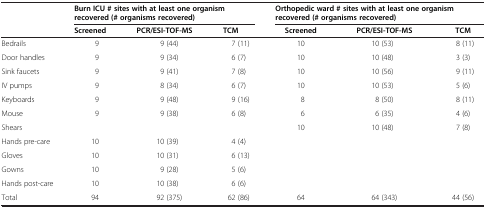
|  | <COLSPAN=3> Burn ICU # sites with at least one organism recovered (# organisms recovered) | <COLSPAN=3> Orthopedic ward # sites with at least one organism recovered (# organisms recovered) |
 |  | Screened | PCR/ESI-TOF-MS | TCM | Screened | PCR/ESI-TOF-MS | TCM |
 | --- | --- | --- | --- | --- | --- | --- |
 | Bedrails | 9 | 9 (44) | 7 (11) | 10 | 10 (53) | 8 (11) |
 | Door handles | 9 | 9 (34) | 6 (7) | 10 | 10 (48) | 3 (3) |
 | Sink faucets | 9 | 9 (41) | 7 (8) | 10 | 10 (56) | 9 (11) |
 | IV pumps | 9 | 8 (34) | 6 (7) | 10 | 10 (53) | 5 (6) |
 | Keyboards | 9 | 9 (48) | 9 (16) | 8 | 8 (50) | 8 (11) |
 | Mouse | 9 | 9 (38) | 6 (8) | 6 | 6 (35) | 4 (6) |
 | Shears |  |  |  | 10 | 10 (48) | 7 (8) |
 | Hands pre-care | 10 | 10 (39) | 4 (4) |  |  |  |
 | Gloves | 10 | 10 (31) | 6 (13) |  |  |  |
 | Gowns | 10 | 9 (28) | 5 (6) |  |  |  |
 | Hands post-care | 10 | 10 (38) | 6 (6) |  |  |  |
 | Total | 94 | 92 (375) | 62 (86) | 64 | 64 (343) | 44 (56) |